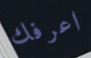
اعرفك